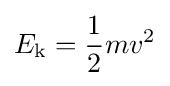
E_{\text{k}}={\frac {1}{2}}mv^{2}